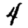
Digit: 4